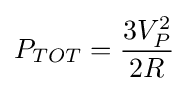
P_{TOT}={\frac {3V_{P}^{2}}{2R}}